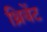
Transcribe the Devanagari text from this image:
थ्रिवेंट